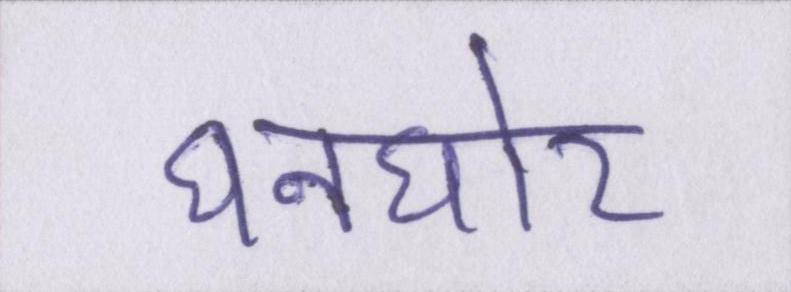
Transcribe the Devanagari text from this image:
घनघोर